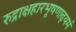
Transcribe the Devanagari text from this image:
रुद्राक्षहारभूषणाढ़यमं